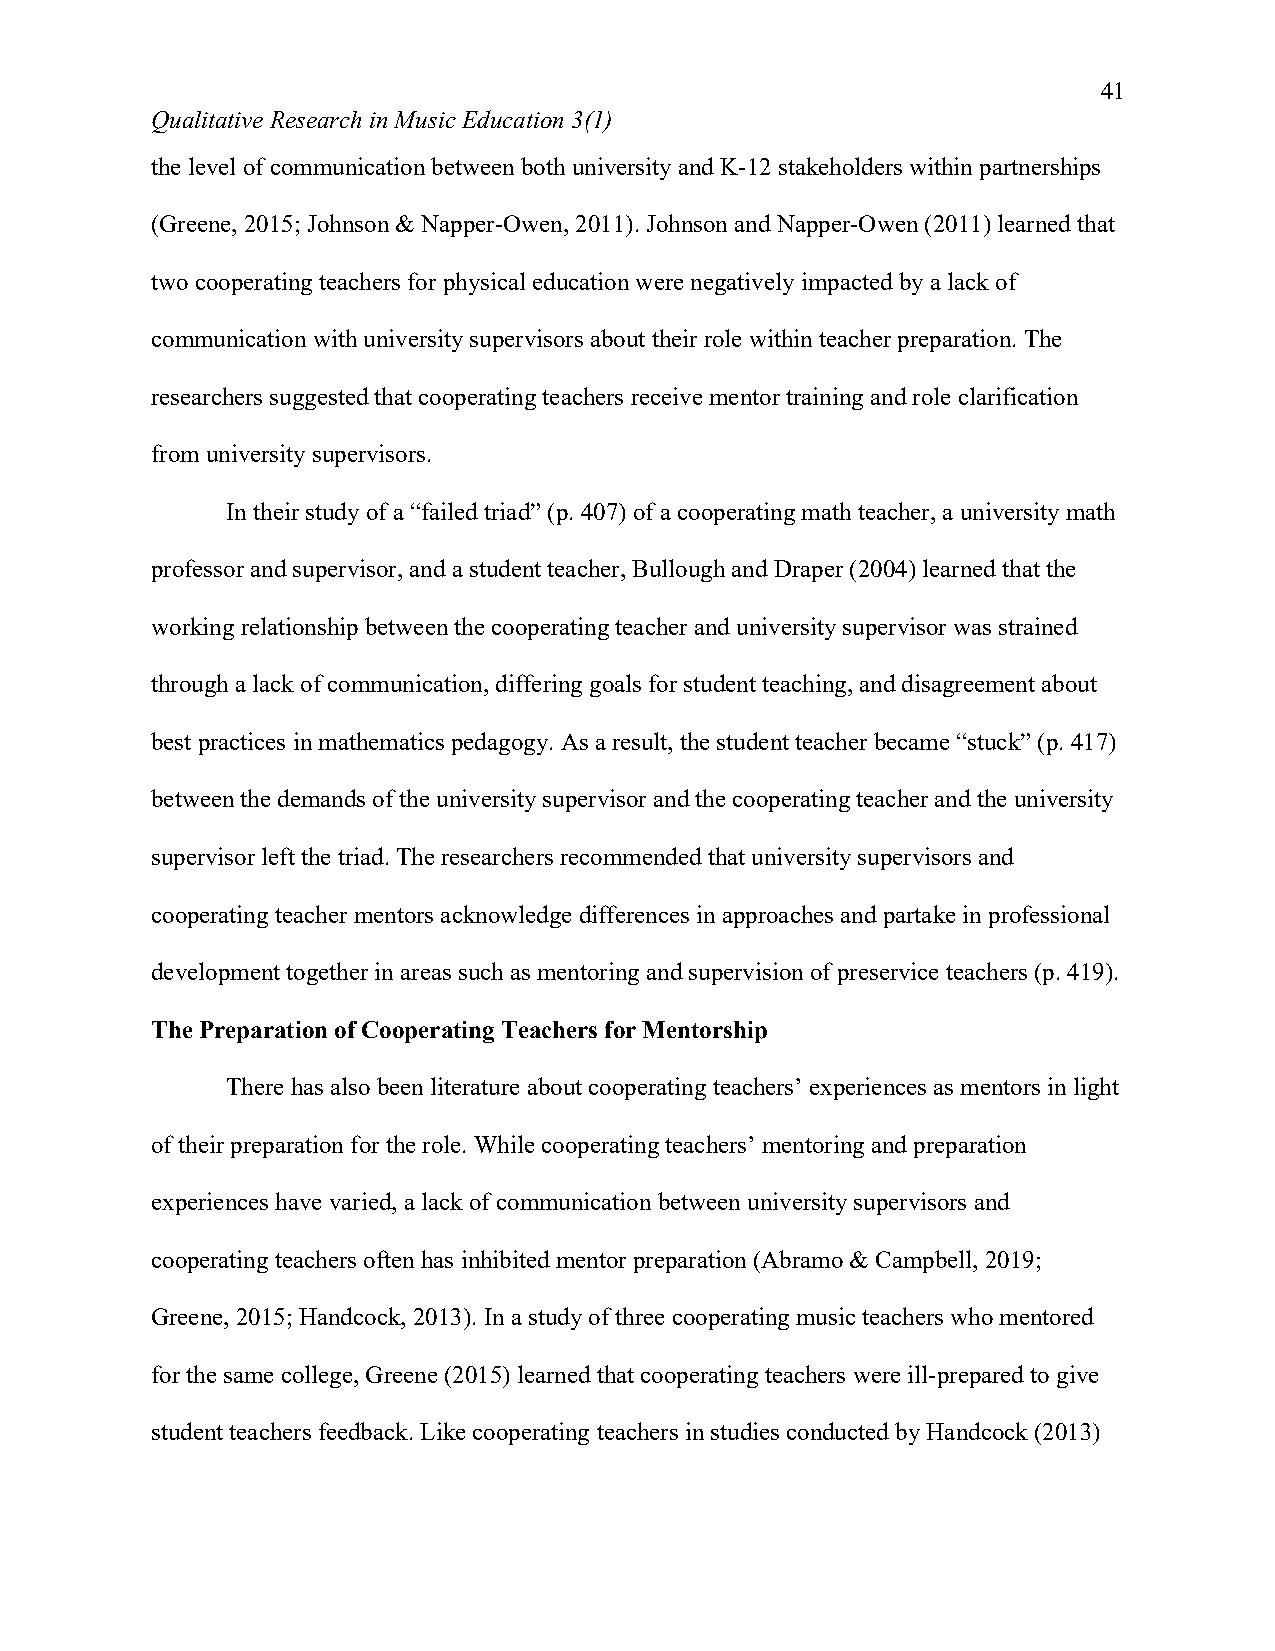
41
 Qualitative Research in Music Education 3(1)
 the level of communication between both university and K-12 stakeholders within partnerships
 (Greene, 2015; Johnson & Napper-Owen, 2011). Johnson and Napper-Owen (2011) learned that
 two cooperating teachers for physical education were negatively impacted by a lack of
 communication with university supervisors about their role within teacher preparation. The
 researchers suggested that cooperating teachers receive mentor training and role clarification
 from university supervisors.
 In their study of a “failed triad” (p. 407) of a cooperating math teacher, a university math
 professor and supervisor, and a student teacher, Bullough and Draper (2004) learned that the
 working relationship between the cooperating teacher and university supervisor was strained
 through a lack of communication, differing goals for student teaching, and disagreement about
 best practices in mathematics pedagogy. As a result, the student teacher became “stuck” (p. 417)
 between the demands of the university supervisor and the cooperating teacher and the university
 supervisor left the triad. The researchers recommended that university supervisors and
 cooperating teacher mentors acknowledge differences in approaches and partake in professional
 development together in areas such as mentoring and supervision of preservice teachers (p. 419).
 The Preparation of Cooperating Teachers for Mentorship
 There has also been literature about cooperating teachers’ experiences as mentors in light
 of their preparation for the role. While cooperating teachers’ mentoring and preparation
 experiences have varied, a lack of communication between university supervisors and
 cooperating teachers often has inhibited mentor preparation (Abramo & Campbell, 2019;
 Greene, 2015; Handcock, 2013). In a study of three cooperating music teachers who mentored
 for the same college, Greene (2015) learned that cooperating teachers were ill-prepared to give
 student teachers feedback. Like cooperating teachers in studies conducted by Handcock (2013)